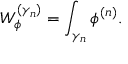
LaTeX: W _ { \phi } ^ { ( \gamma _ { n } ) } = \int _ { \gamma _ { n } } \phi ^ { ( n ) } .